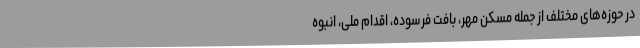
در حوزه‌های مختلف از جمله مسکن مهر، بافت فرسوده، اقدام ملی، انبوه